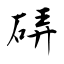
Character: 硦